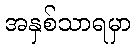
အနှစ်သာရမှာ